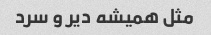
مثل همیشه دیر و سرد